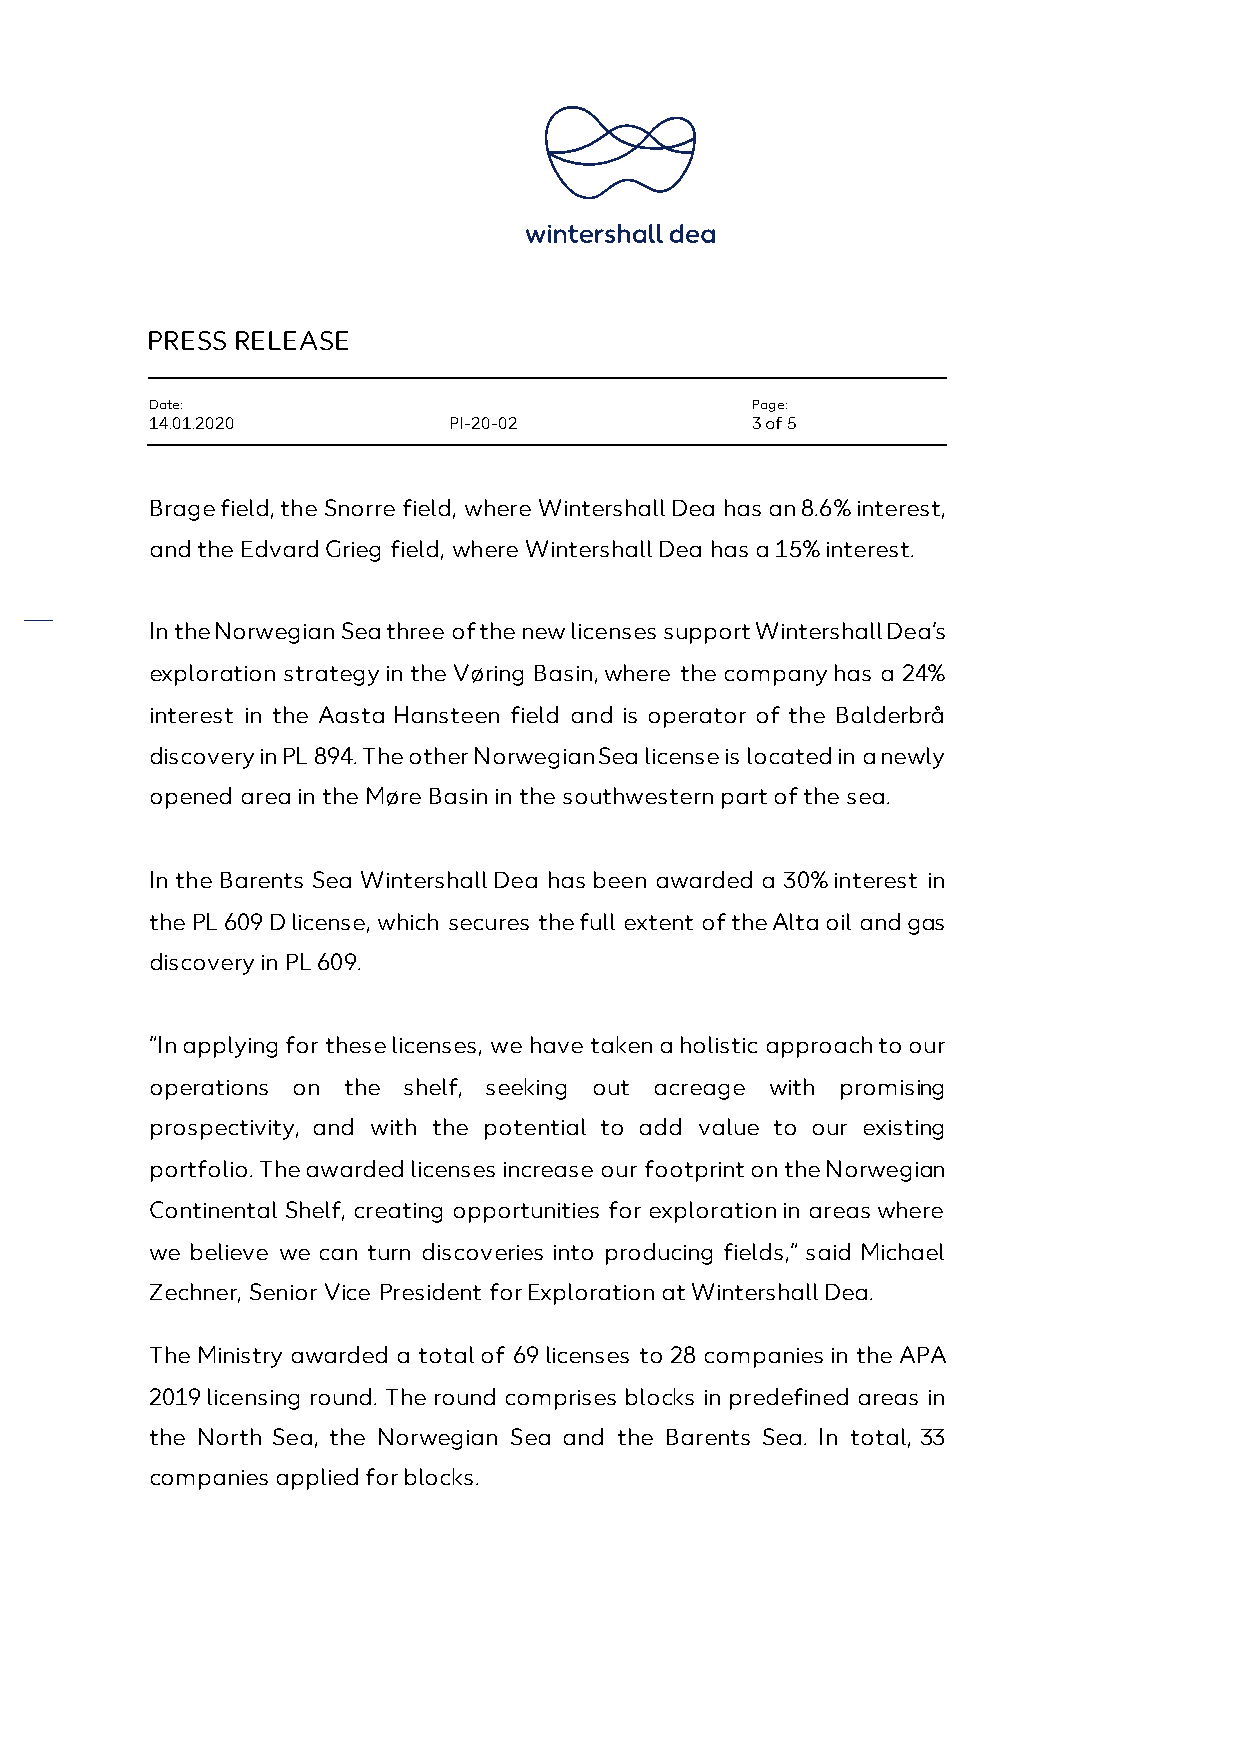
PRESS RELEASE
 Date:                                   Page:
 14.01.2020          PI-20-02            3 of 5
 Brage field, the Snorre field, where Wintershall Dea has an 8.6% interest,
 and the Edvard Grieg field, where Wintershall Dea has a 15% interest.
 In the Norwegian Sea three of the new licenses support Wintershall Dea’s
 exploration strategy in the Vøring Basin, where the company has a 24%
 interest in the Aasta Hansteen field and is operator of the Balderbrå
 discovery in PL 894. The other Norwegian Sea license is located in a newly
 opened area in the Møre Basin in the southwestern part of the sea.
 In the Barents Sea Wintershall Dea has been awarded a 30% interest in
 the PL 609 D license, which secures the full extent of the Alta oil and gas
 discovery in PL 609.
 “In applying for these licenses, we have taken a holistic approach to our
 operations on the shelf, seeking out acreage with promising
 prospectivity, and with the potential to add value to our existing
 portfolio. The awarded licenses increase our footprint on the Norwegian
 Continental Shelf, creating opportunities for exploration in areas where
 we believe we can turn discoveries into producing fields,” said Michael
 Zechner, Senior Vice President for Exploration at Wintershall Dea.
 The Ministry awarded a total of 69 licenses to 28 companies in the APA
 2019 licensing round. The round comprises blocks in predefined areas in
 the North Sea, the Norwegian Sea and the Barents Sea. In total, 33
 companies applied for blocks.